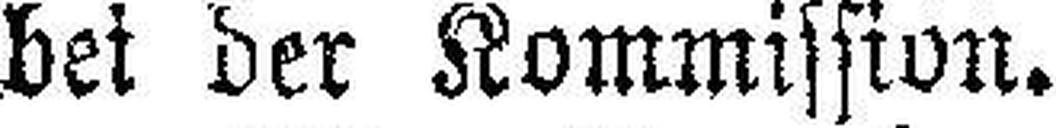
bei der Kommission.